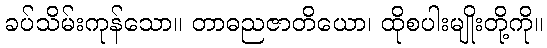
ခပ်သိမ်းကုန်သော။ တာဓညဇာတိယော၊ ထိုစပါးမျိုးတို့ကို။